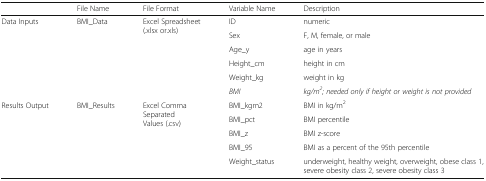
<table><thead><tr><td></td><td><b>File Name</b></td><td><b>File Format</b></td><td><b>Variable Name</b></td><td><b>Description</b></td></tr></thead><tbody><tr><td rowspan="6">Data Inputs</td><td rowspan="6">BMI_Data</td><td rowspan="6">Excel Spreadsheet (.xlsx or.xls)</td><td>ID</td><td>numeric</td></tr><tr><td>Sex</td><td>F, M, female, or male</td></tr><tr><td>Age_y</td><td>age in years</td></tr><tr><td>Height_cm</td><td>height in cm</td></tr><tr><td>Weight_kg</td><td>weight in kg</td></tr><tr><td><i>BMI</i></td><td><i>kg/m</i><sup><i>2</i></sup><i>; needed only if height or weight is not provided</i></td></tr><tr><td rowspan="5">Results Output</td><td rowspan="5">BMI_Results</td><td rowspan="5">Excel Comma Separated Values (.csv)</td><td>BMI_kgm2</td><td>BMI in kg/m<sup>2</sup></td></tr><tr><td>BMI_pct</td><td>BMI percentile</td></tr><tr><td>BMI_z</td><td>BMI z-score</td></tr><tr><td>BMI_95</td><td>BMI as a percent of the 95th percentile</td></tr><tr><td>Weight_status</td><td>underweight, healthy weight, overweight, obese class 1, severe obesity class 2, severe obesity class 3</td></tr></tbody></table>